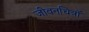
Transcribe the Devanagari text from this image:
जीवनचित्रों